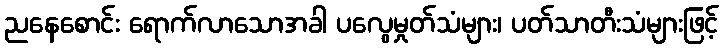
ညနေစောင်း ရောက်လာသောအခါ ပလွေမှုတ်သံများ၊ ပတ်သာတီးသံများဖြင့်